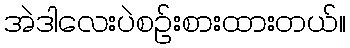
အဲဒါလေးပဲစဉ်းစားထားတယ်။